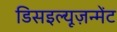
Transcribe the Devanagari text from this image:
डिसइल्यूज़न्मेंट